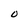
Character: O